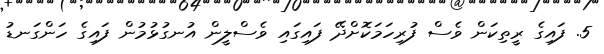
5. ފައިގެ ރީތިކަން ވެސް ފުރިހަމަކޮށްދޭ ފައިގައި ވެސްލީން އުނގުޅުމުން ފައިގެ ހަންގަނޑު